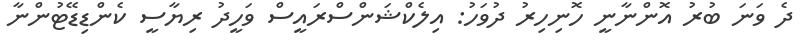
ދެ ވަނަ ބުރު އޮންނާނީ ހޮނިހިރު ދުވަހު: އިލެކްޝަންސްރައީސް ވަހީދު ރިޔާސީ ކެންޑިޑޭޓުންނާ